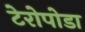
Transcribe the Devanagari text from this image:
टेरोपोडा